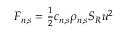
\begin{array} { r } { F _ { n , s } = \frac { 1 } { 2 } c _ { n , s } \rho _ { n , s } S _ { R } u ^ { 2 } } \end{array}